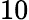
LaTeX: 10